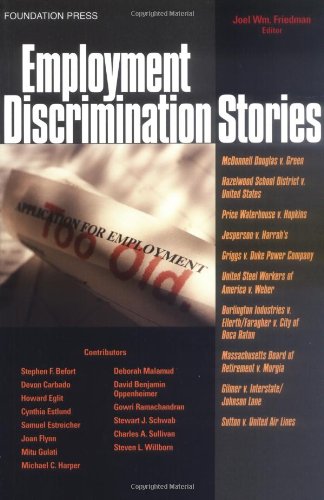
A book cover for Employment Discrimination Stories (Law Stories); Joel Friedman; Law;